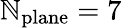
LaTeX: \mathbb{N}_{\mathrm{{plane}}}=7